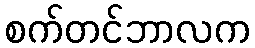
စက်တင်ဘာလက